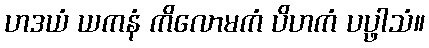
ဟဒယံ ယကနံ ကိလောမကံ ပိဟကံ ပပ္ဖါသံ။